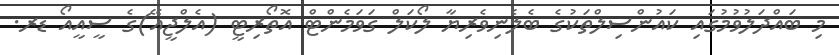
މި ބައްދަލުވުމުގައި ކައުންސިލްތަކުގެ ބެލެނިވެރިޔާ ލޯކަލް ގަވަމެންޓް އޮތޯރިޓީ (އެލްޖީއޭ)ގެ ސީއީއޯ ޑރ.